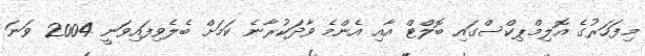
މިފަހަރުގެ އޮލިމްޕިކްސްގައި ބޮލްޓް އާއި އެންމެ ވާދަކުރާނެ ކަމަށް ބެލެވިފައިވަނީ 2004 ވަނަ